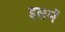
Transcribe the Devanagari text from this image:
इसमॅ